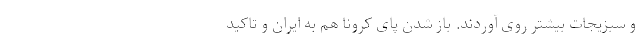
و سبزیجاتِ بیشتر روی آوردند. باز شدن پای کرونا هم به ایران و تاکید